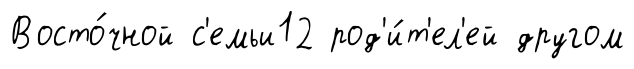
Восто́чной с'емьи12 род'и́т'ел'ей другом